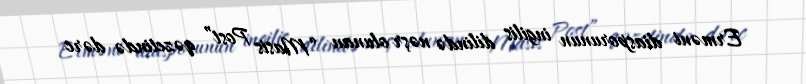
Erməni diasporunun ingilis dilində nəşr olunan “Masis Post” qəzetində dərc